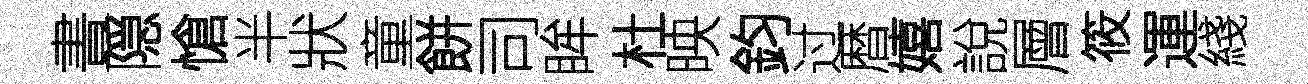
晝隠愴半狀童餅司眸杜映鈞过暦嬉說層筱運綫